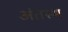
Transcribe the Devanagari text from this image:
अंतस्‍थ